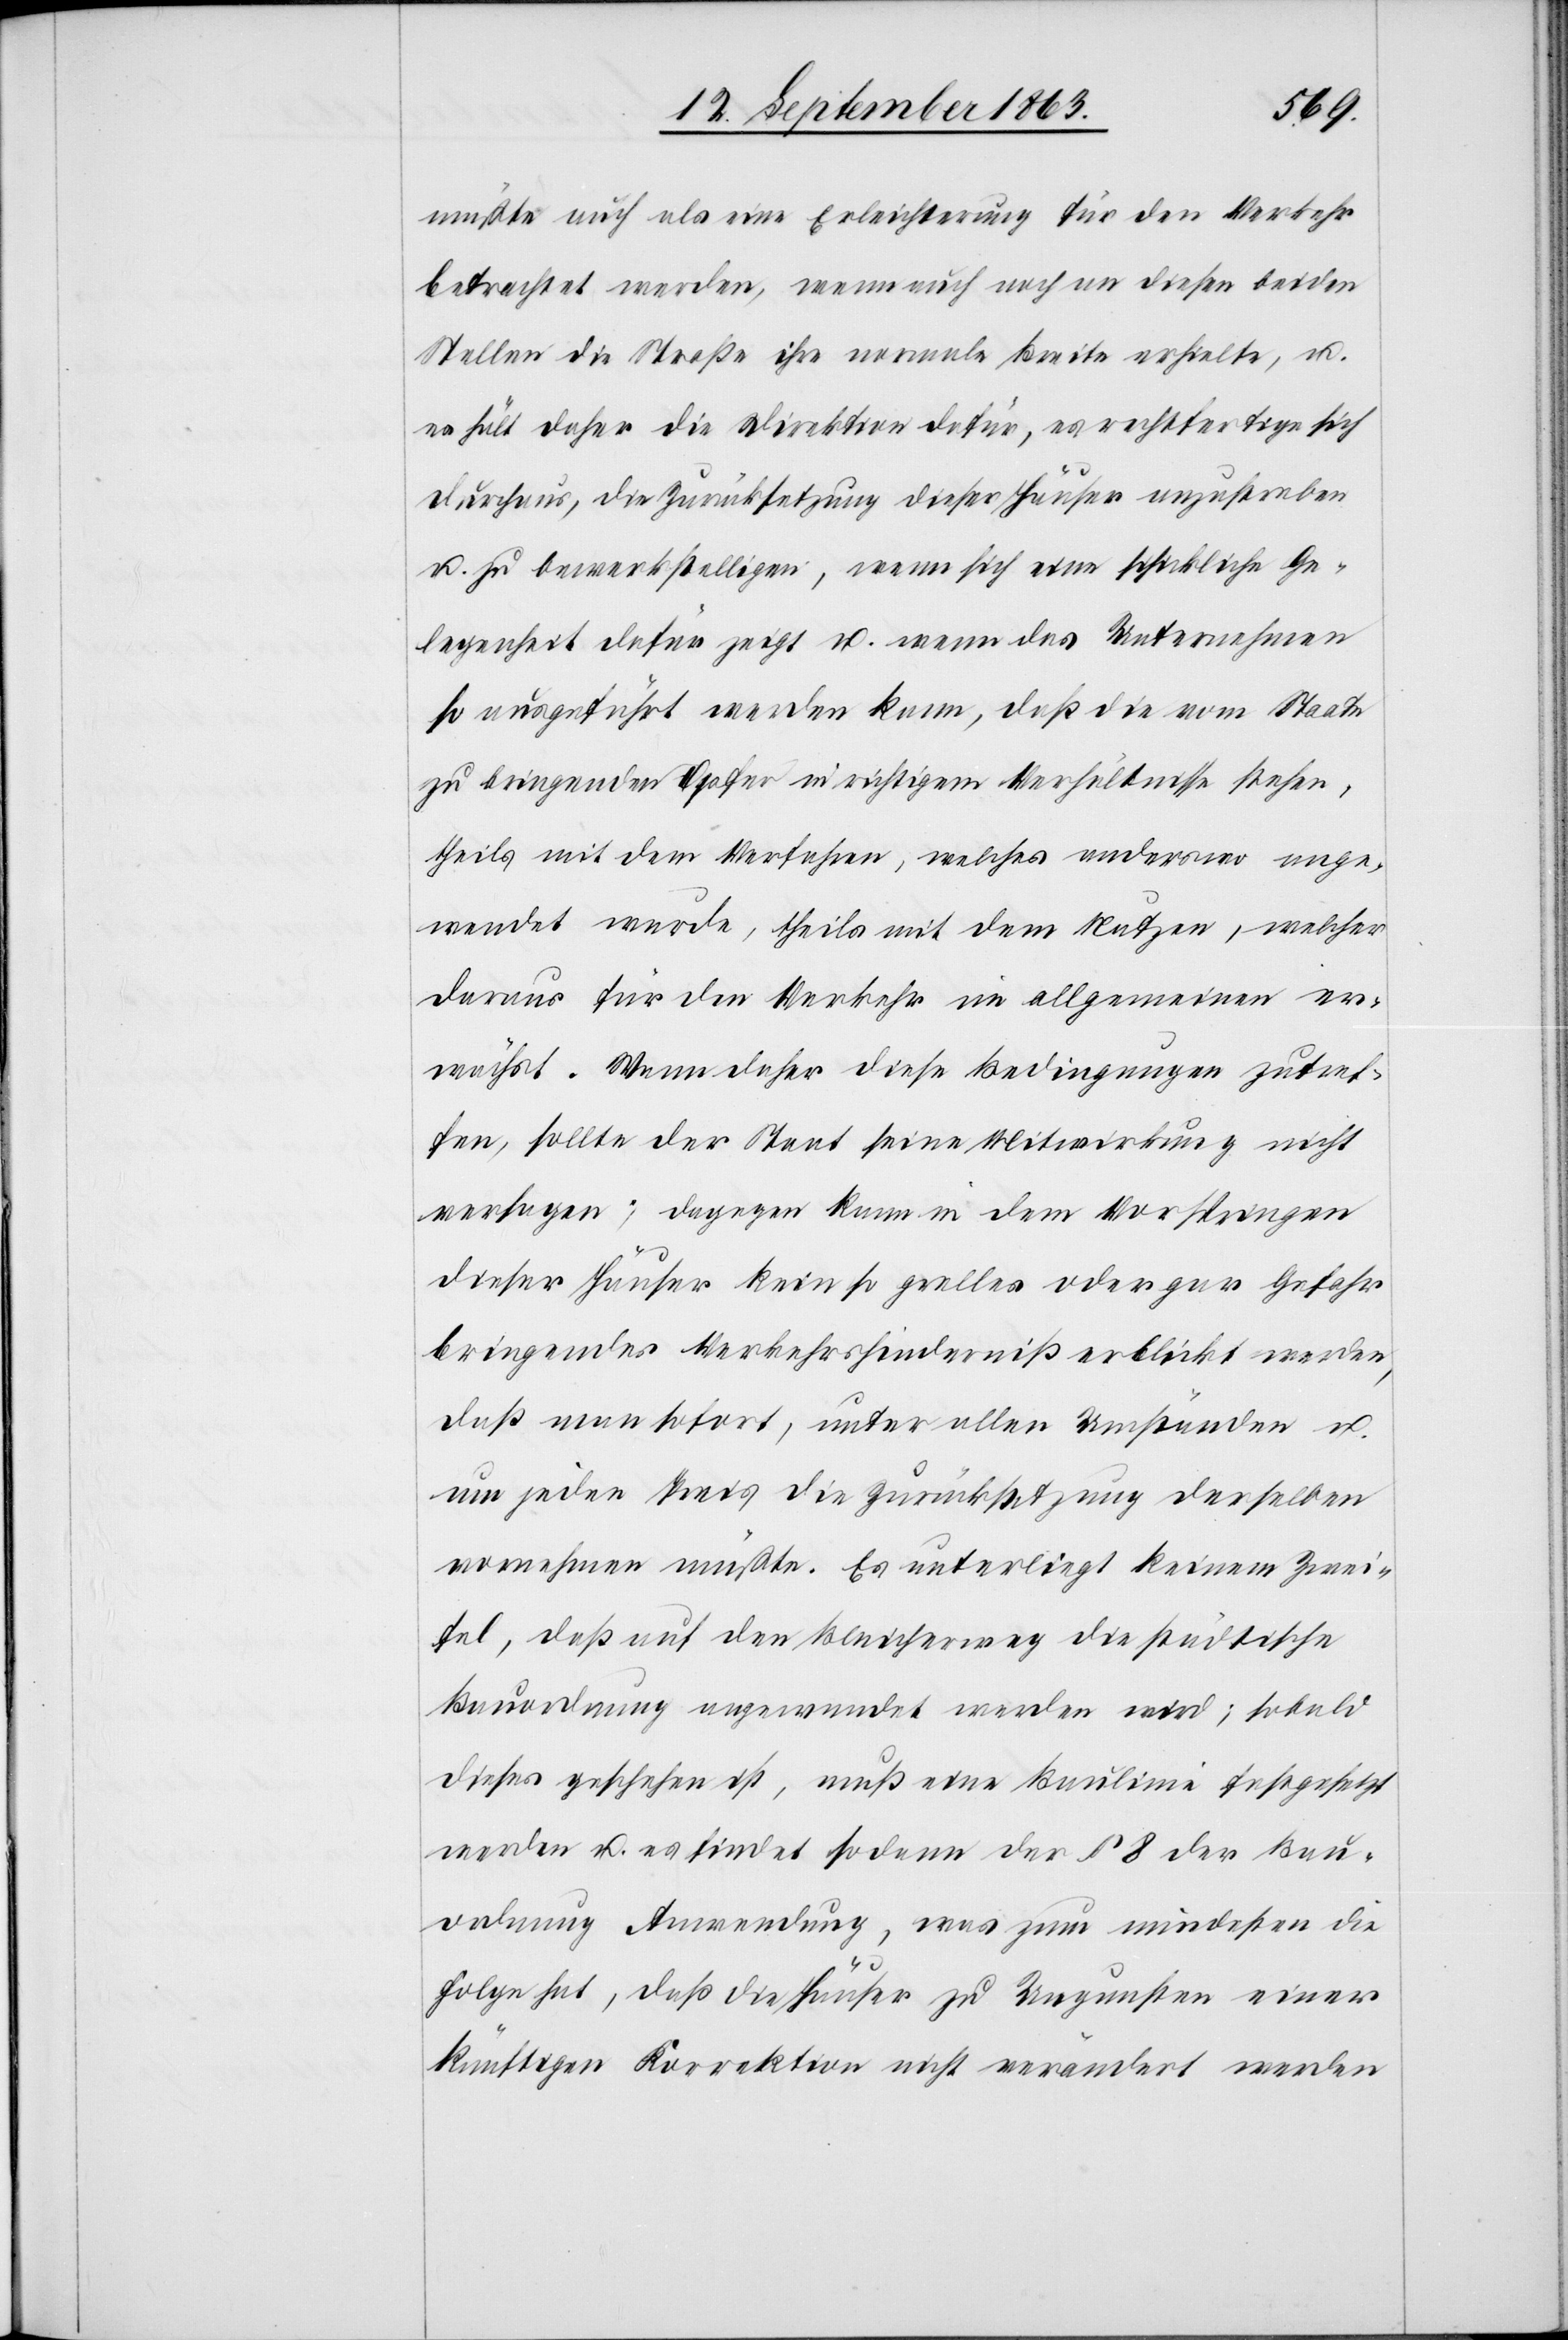
müßte auch als eine Erleichterung für den Verkehr
betrachtet werden, wenn auch noch an diesen beiden
Stellen die Straße ihre normale Breite erhielte, u.
es hält daher die Direktion dafür, es rechtfertige sich
durchaus, die Zurücksetzung dieser Häuser anzustreben
u. zu bewerkstelligen, wenn sich eine schickliche Ge¬
legenheit dafür zeigt u. wenn das Unternehmen
so ausgeführt werden kann, daß die vom Staate
zu bringenden Opfer in richtigem Verhältnisse stehen,
theils in dem Verfahren, welches anderswo ange¬
wendet wurde, theils mit dem Nutzen, welcher
daraus für den Verkehr im allgemeinen er¬
wächst. Wenn daher diese Bedingungen zutref¬
fen, sollte der Staat seine Mitwirkung nicht
versagen; dagegen kann in dem Vorspringen
dieser Häuser kein so grelles oder gar Gefahr
bringendes Verkehrshinderniß erblickt werden,
daß man sofort, unter allen Umständen u.
um jeden Preis die Zurücksetzung derselben
vornehmen müßte. Es unterliegt keinem Zwei¬
fel, daß auf den Bleicherweg die städtische
Bauordnung angewendet werden wird; sobald
dieses geschehen ist, muß eine Baulinie festgesetzt
werden u. es findet sodann der § 8 der Bau¬
ordnung Anwendung, was zum mindesten die
Folge hat, daß die Häuser zu Ungunsten einer
künftigen Korrektion nicht verändert werden